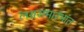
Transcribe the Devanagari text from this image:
लग्नसमारंभांत